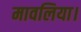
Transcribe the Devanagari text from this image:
मावलिया।